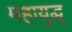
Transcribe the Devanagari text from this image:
महायुद्ध्